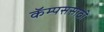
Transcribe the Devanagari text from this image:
कॅम्पससाठी